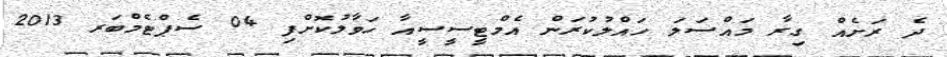
ދެ ރަށެއް ގިރާ މައްސަލަ ހައްލުކުރަން އެމްޓީސީސީއާ ހަވާލުކޮށްފި 04 ސެޕްޓެމްބަރ 2013